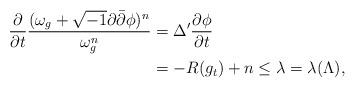
LaTeX: \begin{align*}\frac{\partial}{\partial t} \frac{(\omega_g+\sqrt{-1}\partial\bar{\partial}\phi)^n}{\omega_g^n}&=\Delta'\frac{\partial \phi}{\partial t}\\&=-R(g_t)+n\le \lambda=\lambda(\Lambda),\end{align*}